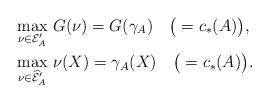
LaTeX: \begin{align*} &\max_{\nu\in\mathcal E'_A}\,G(\nu)=G(\gamma_A)\quad\bigl({}=c_*(A)\bigr),\\ &\max_{\nu\in\widehat{\mathcal E}'_A}\,\nu(X)=\gamma_A(X)\quad\bigl({}=c_*(A)\bigr). \end{align*}